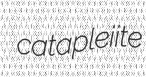
catapleiite